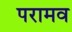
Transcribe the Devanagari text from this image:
परामव